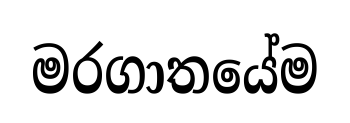
මරගාතයේම